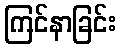
ကြင်နာခြင်း